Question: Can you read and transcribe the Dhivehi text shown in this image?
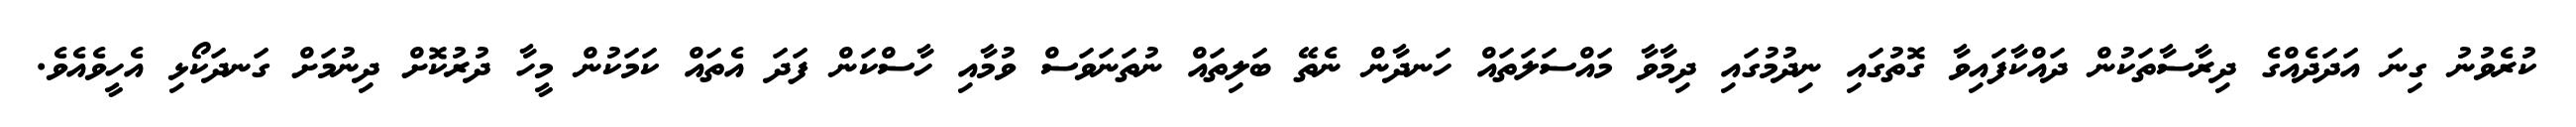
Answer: ކުރެވުނު ގިނަ އަދަދެއްގެ ދިރާސާތަކުން ދައްކާފައިވާ ގޮތުގައި ނިދުމުގައި ދިމާވާ މައްސަލަތައް ހަނދާން ނެތޭ ބަލިތައް ނުތަނަވަސް ވުމާއި ހާސްކަން ފަދަ އެތައް ކަމަކުން މީހާ ދުރުކޮށް ދިނުމަށް ގަނދަކޯޅި އެހީވެއެވެ.